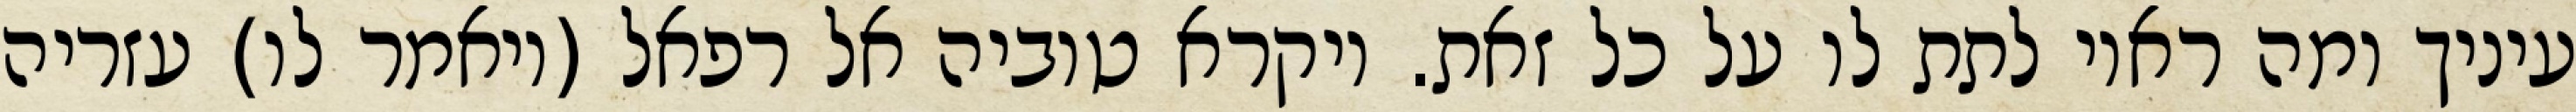
עיניך ומה ראוי לתת לו על כל זאת. ויקרא טוביה אל רפאל (ויאמר לו) עזריה